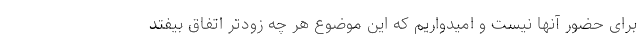
برای حضور آنها نیست و امیدواریم که این موضوع هر چه زودتر اتفاق بیفتد